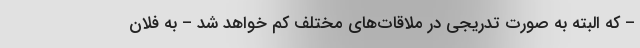
– که البته به صورت تدریجی در ملاقات‌های مختلف کم خواهد شد – به فلان